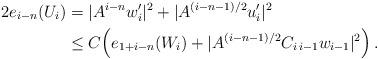
LaTeX: \begin{align*}2 e_{i-n}(U_i) & =|A^{i-n}w_i^{\prime}|^2 + |A^{(i-n-1)/2}u_i^{\prime}|^2 \\&\le C \Big(e_{1+i-n}(W_i) + |A^{(i-n-1)/2}C_{i\,i-1}w_{i-1}|^2\Big) \,.\end{align*}